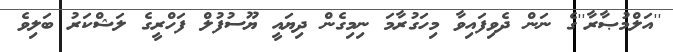
''އަލްމުޞާރާ''ގެ ނަން ދެވިފައިވާ މިހަގުރާމަ ނިމިގެން ދިޔައީ ޔޫސުފުލް ފަހްރީގެ ލަޝްކަރު ބަލިވެ